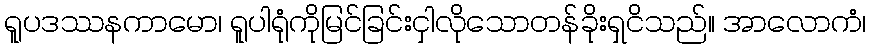
ရူပဒဿနကာမော၊ ရူပါရုံကိုမြင်ခြင်းငှါလိုသောတန်ခိုးရှငိသည်။ အာလောကံ၊